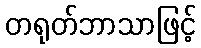
တရုတ်ဘာသာဖြင့်